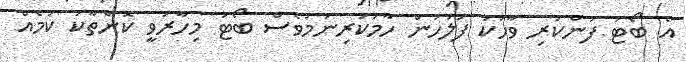
އެ ބޯޓު ފުންކުރި ވާހަކަ ފުލުހުން ހާމަކުރިނަމަވެސް ބޯޓު މިހާރުވީ ކޮންތާކު ކަމެއް